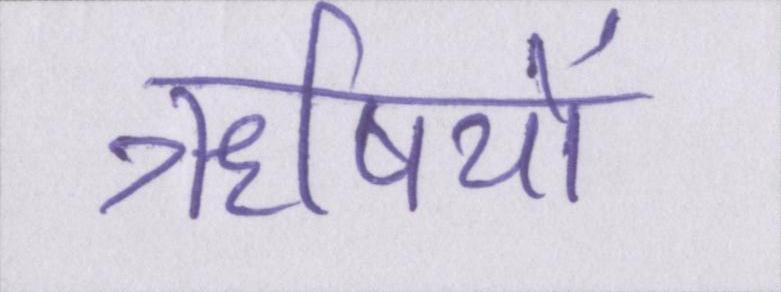
ॠषियों